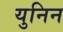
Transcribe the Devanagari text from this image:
युनिन